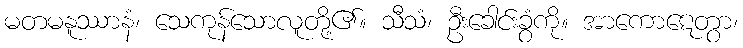
မတမနူဿာနံ၊ သေကုန်သောလူတို့၏။ သီသံ၊ ဦးခေါင်းခွံကို။ အာကောဋေတွာ၊